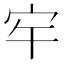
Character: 𭓠